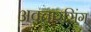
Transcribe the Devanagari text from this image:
अवतारसिंग